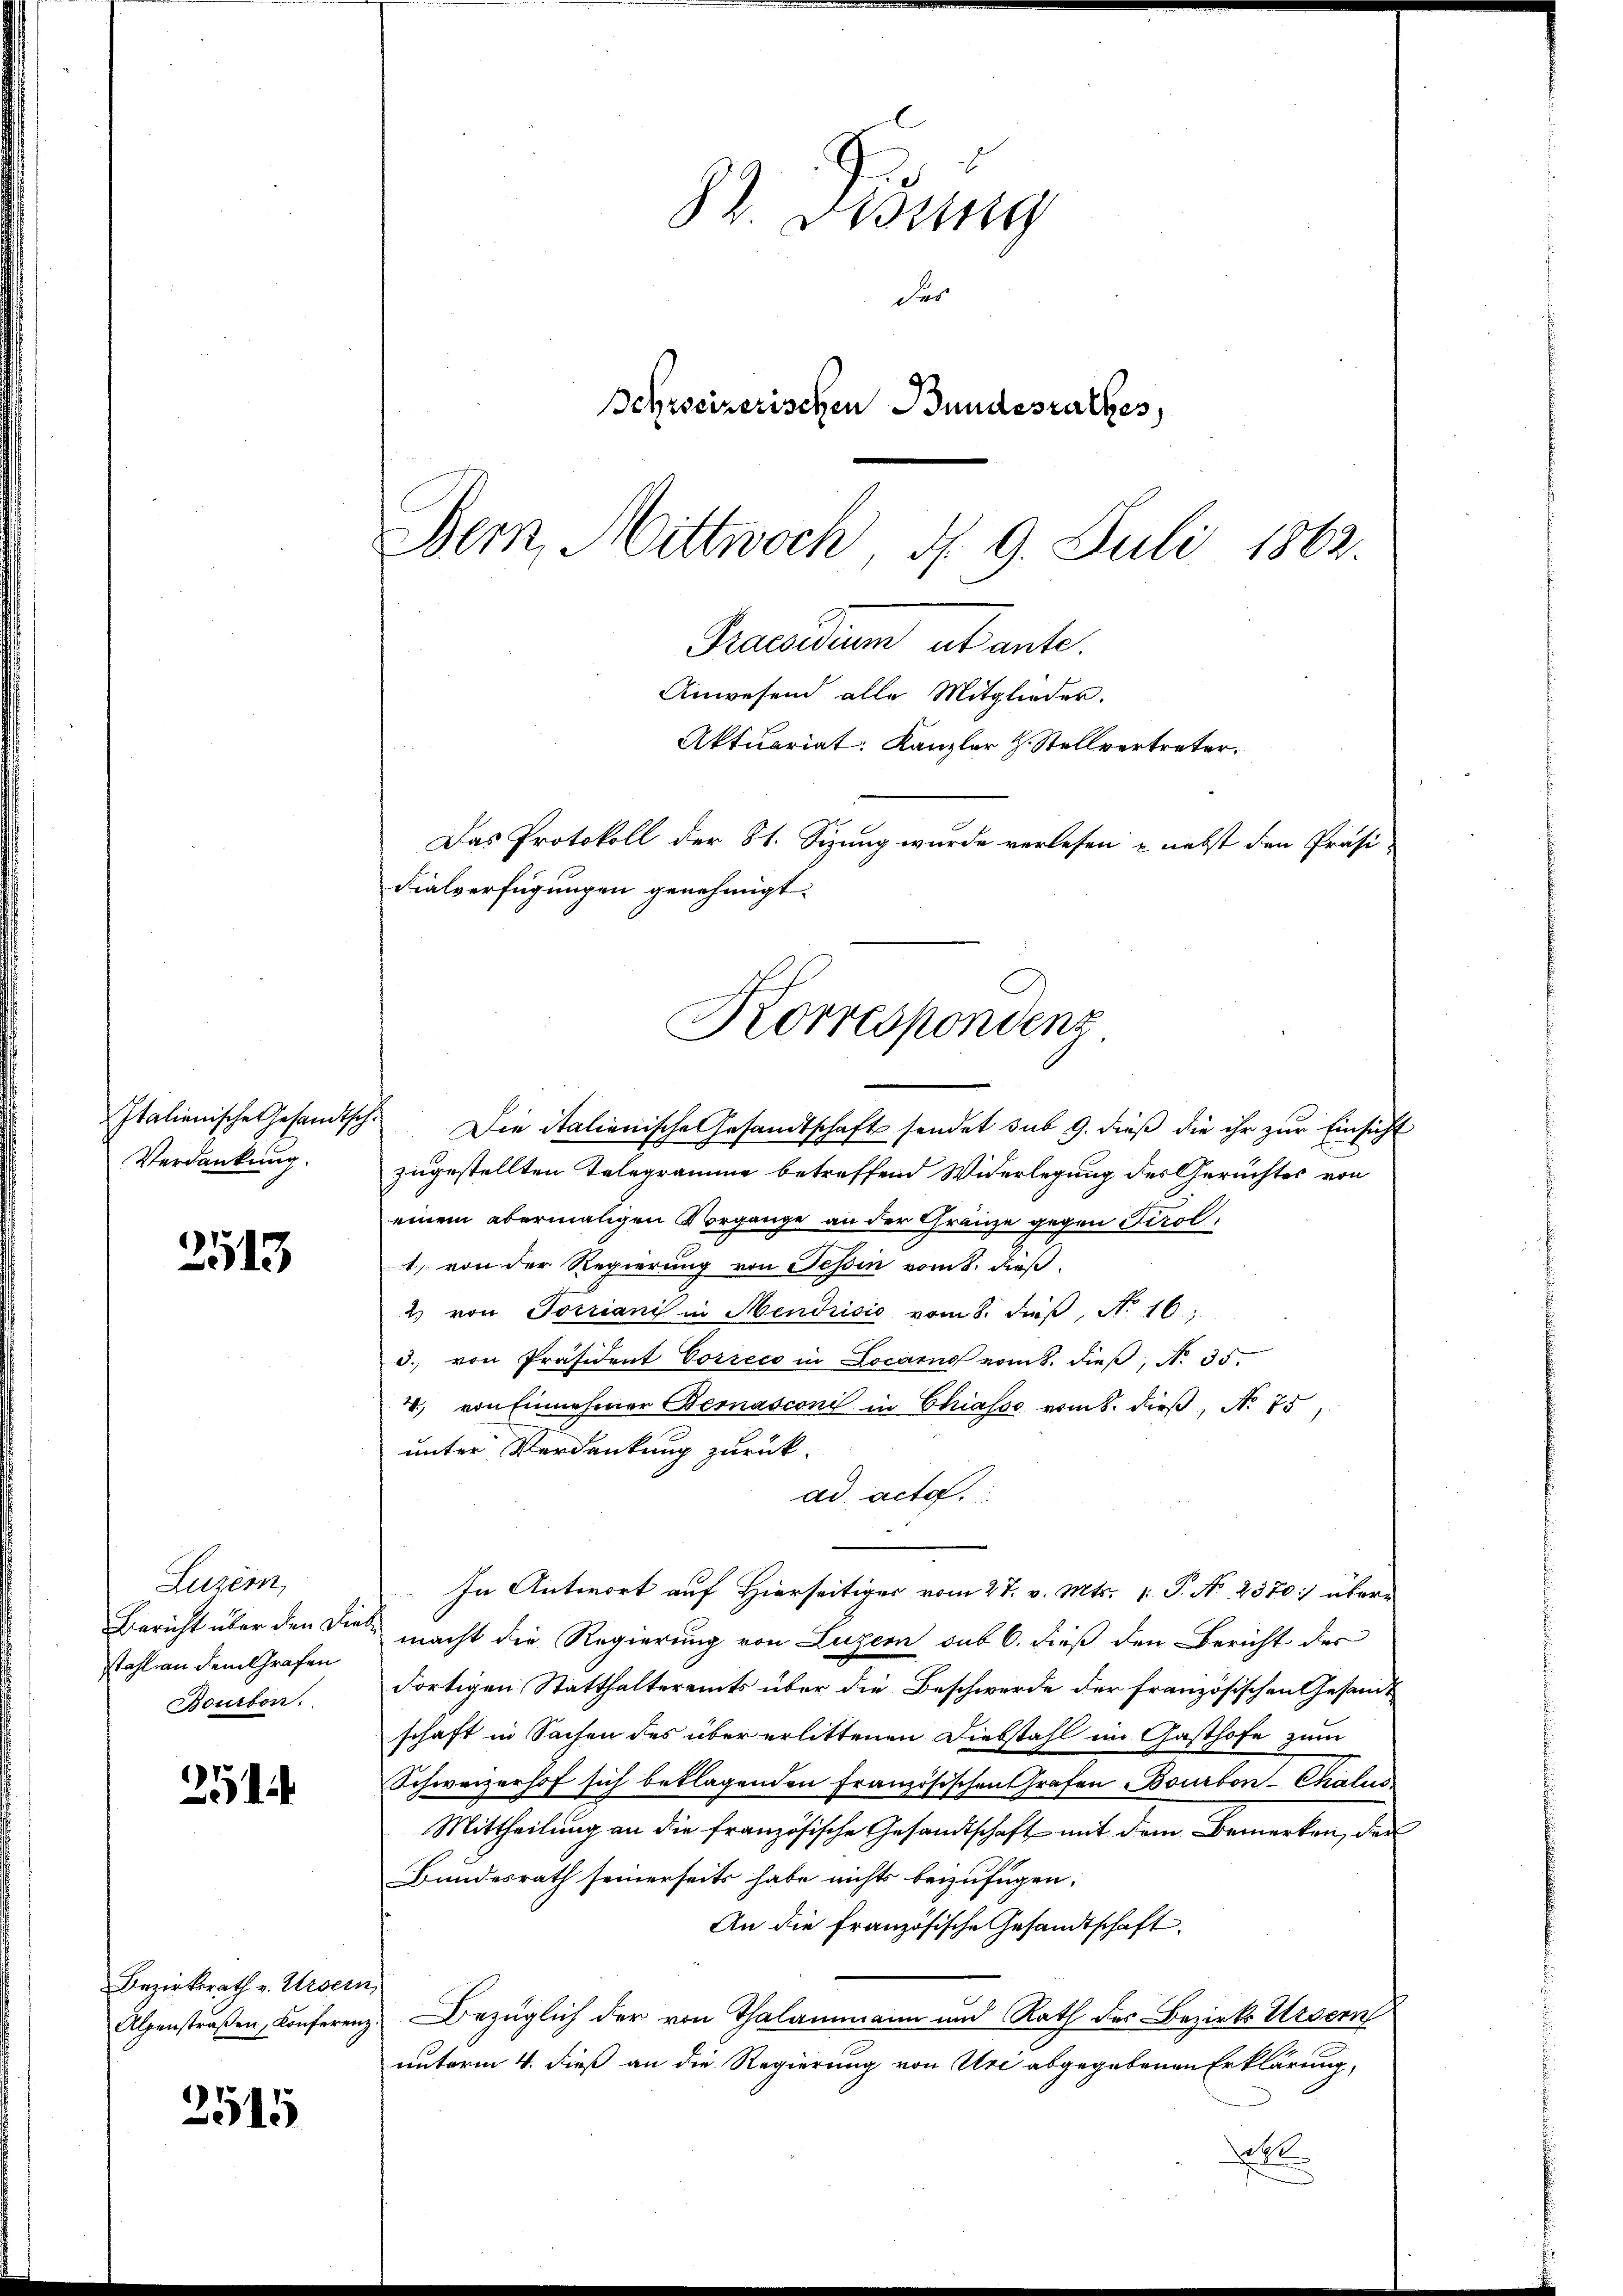
Italienische Gesandtsch
Verdankung

2513

Luzern,
Bericht über den die
stahl an dem Grafen
Bourton.

2

Bezirksrath v. Ursern
Alpenstraßen, Konferen,

2515

82. Desung
des
Behrseizerischen Bundesrathes
Bern, Mittwoch 4. 9. Juli 1863.

Praesidium ab ante.
Anwesend alle Mitglieder.
Aktuariat. Kanzler H. Stellvertreter.
Das Protokoll der St. Sizung wurde verlesen - nebst den Präsi-
Fialverfügungen genehmigt.
Korrespondenz

Die italienische Gesandtschaft sendet sub 9. dieß die ihr zur Einsicht
zugestellten Telegramme betreffend Widerlegung des Gerichtes von
einem abermaligen Vorgange an der Gränze gegen Tirol.
1) von der Regierung von Tessin vom 8. dieß
2 von Totriani in Mendrisić vom 8. dieβ, N. 16.
d. von Präsident Correco in Locarno vom 8. dieβ, N. 35.
4, von Einnehmer Bemasconi in Chiasso vom 8. dieß, No. 75,
unter Verdankung zurück.
ad acta
In Antwort auf Hierseitiger vom 27. v. Mts. v. P. Nr. 2370:) übermacht die Regierung von Luzern sub 6. dieß den Bericht des
Fortigen Statthaltereits über die Beschwerde der Französischen Gesamschaft in Sachen des über erlittenen Diebstahl im Gasthofe zum
Schweizerhof sich beklagenden Französischen Grafen Bourbon-Chalun
Mittheilung an die französische Gesandtschaft mit dem Bemerken, der
Bundesrath seinerseits habe nichts bezufügen:
An die französische Gesandtschaft
Bezüglich der von Thalammann und Rath des Bezirks Ursern
unterm 4. dieß an die Regierung von Uri abgegebenen Erklärung,